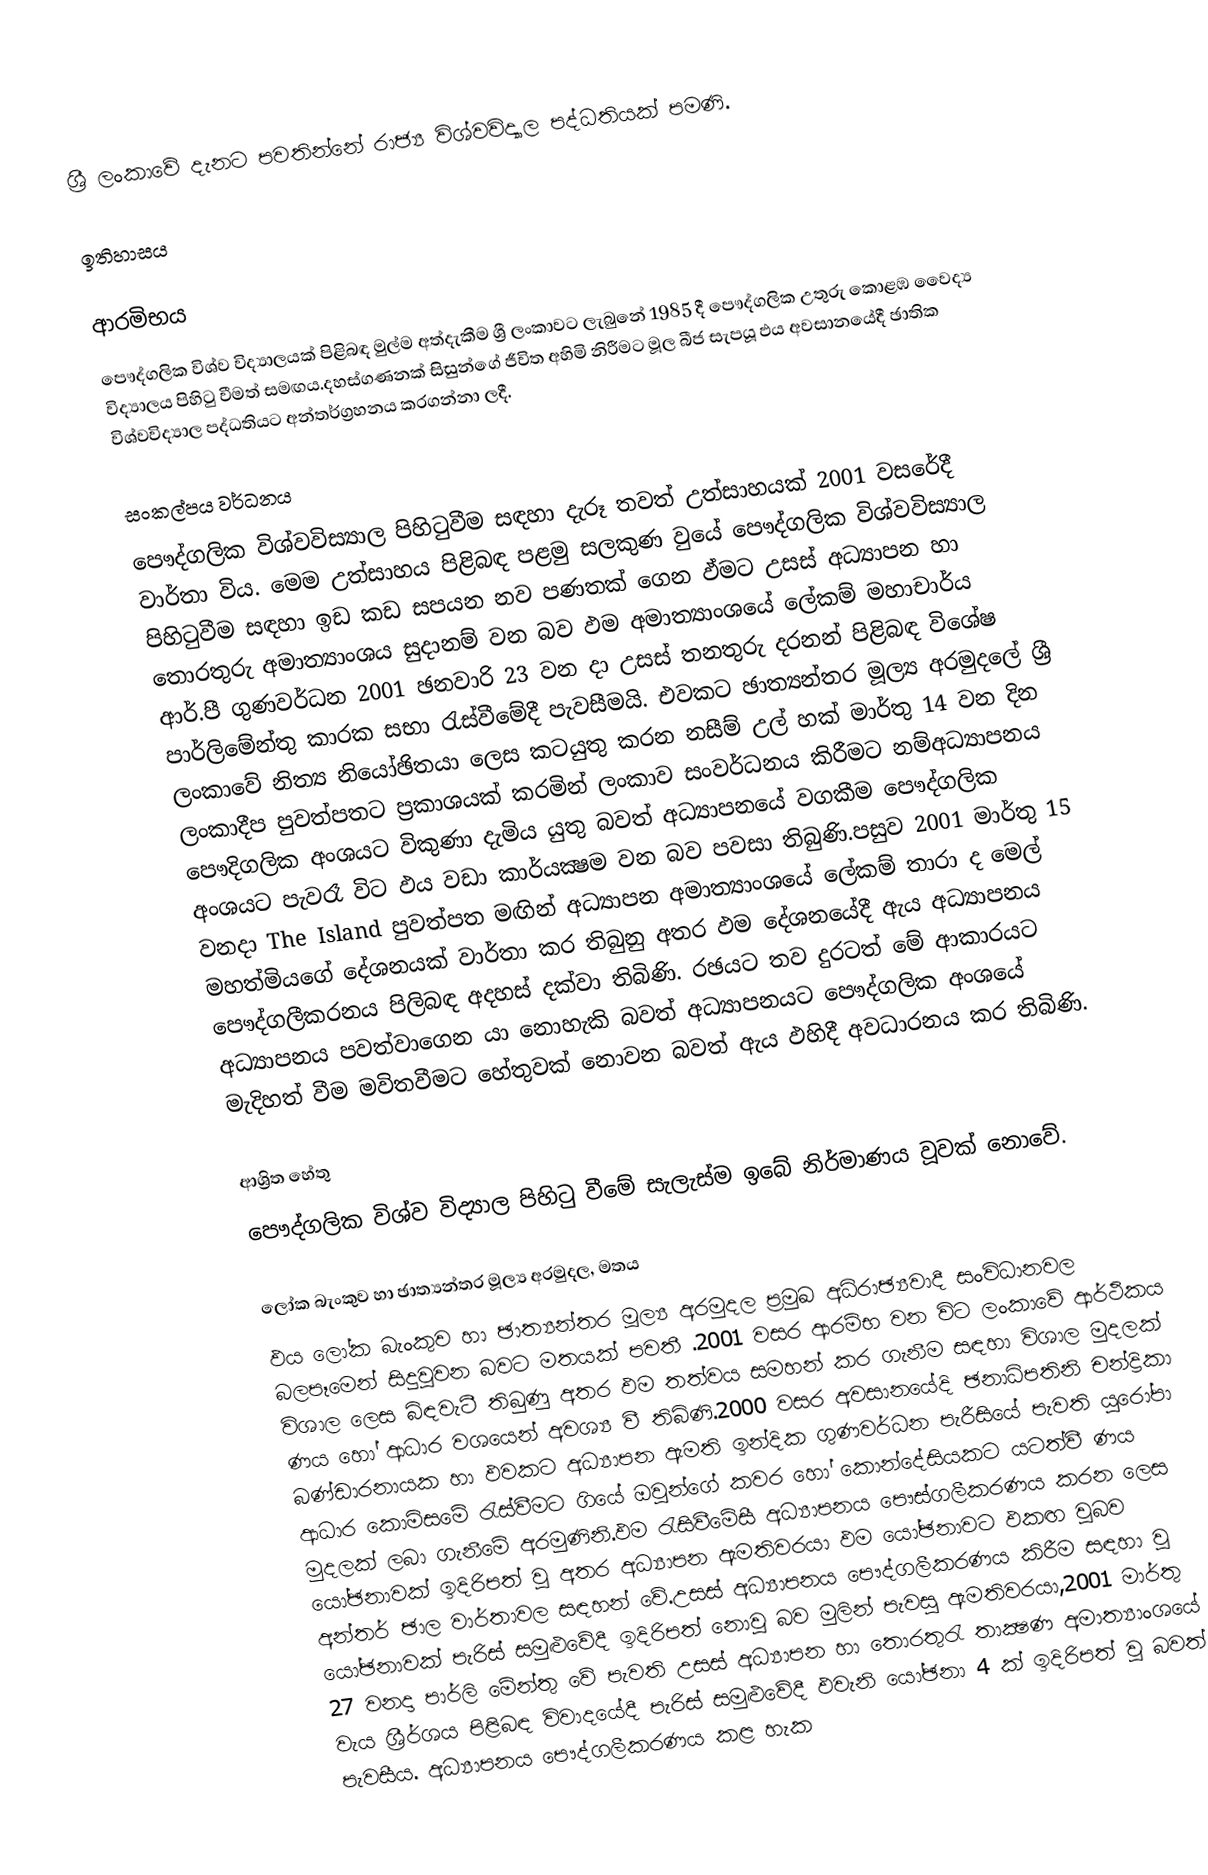
ශ්‍රී ලංකාවේ දැනට පවතින්නේ රාජ්‍ය විශ්වවිද්‍යාල පද්ධතියක් පමණි.

ඉතිහාසය

ආරමිභය
පෞද්ගලික විශ්ව විද්‍යාලයක් පිළිබඳ මුල්ම අත්දැකීම ශ්‍රී ලංකාවට ලැබුනේ 1985 දී පෞද්ගලික උතුරු කොළඹ  වෛද්‍ය විද්‍යාලය පිහිටු වීමත් සමඟය.දහස්ගණනක් සිසුන්ගේ ජීවිත අහිමි නිරීමට මූල බීජ සැපයූ ඵය අවසානයේදී ඡාතික විශ්වවිද්‍යාල පද්ධතියට අන්තර්ග්‍රහනය කරගන්නා ලදී.

සංකල්පය වර්ධනය
පෞද්ගලික විශ්වවිස්‍යාල පිහිටුවීම සඳහා දැරූ තවත් උත්සාහයක් 2001 වසරේදී වාර්තා විය. මෙ‍ම උත්සාහය පිළිබඳ පළමු සලකුණ වුයේ පෞද්ගලික විශ්වවිස්‍යාල පිහිටුවීම සඳහා ඉඩ කඩ සපයන නව පණතක් ගෙන ඵ්මට උසස් අධ්‍යාපන හා තොරතුරු අමාත්‍යාංශය සුදානම් වන බව ඵම අමාත්‍යාංශයේ ලේකම් මහාචාර්ය ආර්.පී ගුණවර්ධන 2001 ඡනවාරි 23 වන දා උසස් තනතුරු දරනන් පිළිබඳ විශේෂ පාර්ලිමේන්තු කාරක සභා රැස්වීමේදී පැවසීමයි. එවකට ඡාත්‍යන්තර මූල්‍ය අරමුදලේ ශ්‍රී ලංකාවේ නිත්‍ය නියෝඡිතයා ලෙස කටයුතු කරන නසීම් උල් හක් මාර්තු 14 වන දින ලංකාදීප පුවත්පතට ප්‍රකාශයක් කරමින් ලංකාව සංවර්ධනය කිරීමට නම්අධ්‍යාපනය පෞදිගලික අංශයට විකුණා දැමිය යුතු බවත් අධ්‍යාපනයේ වගකීම පෞද්ගලික අංශයට පැවරෑ විට ඵය වඩා කාර්යක්‍ෂම වන බව පවසා තිබුණි.පසුව 2001 මාර්තු 15 වනදා The Island පුවත්පත මඟින් අධ්‍යාපන අමාත්‍යාංශයේ ලේකම් තාරා ද මෙල් මහත්මියගේ දේශනයක් වාර්තා කර තිබුනු අතර ඵම දේශනයේදී ඇය අධ්‍යාපනය පෞද්ගලීකරනය පිලිබඳ අදහස් දක්වා තිබිණි. රඡයට තව දුරටත් මේ ආකාරයට අධ්‍යාපනය පවත්වාගෙන යා නොහැකි බවත් අධ්‍යාපනයට පෞද්ගලික අංශයේ මැදිහත් වීම මවිතවීමට හේතුවක් නොවන බවත් ඇය ඵහිදී අවධාරනය කර තිබිණි.

ආශ්‍රිත හේතු
පෞද්ගලික විශ්ව විද්‍යාල පිහිටු වීමේ සැලැස්ම ඉබේ නිර්මාණය වූවක් නොවේ.

ලෝක බැංකුව හා ඡාත්‍යන්තර මූල්‍ය අරමුදල, මතය
ඵය ලෝක බැංකුව හා ඡාත්‍යන්තර මූල්‍ය අරමුදල ප්‍රමුඛ අධිරාඡ්‍යවාදී සංවිධානවල බලපෑමෙන් සිදුවූවන බවට මතයක් පවතී .2001 වසර ආරම්භ වන විට ලංකාවේ ආර්ථිකය විශාල ලෙස බිඳවැටී තිබුණු අතර ඵම තත්වය සමහන් කර ගැනීම සඳහා විශාල මුදලක් ණය හෝ ආධාර වශයෙන් අවශ්‍ය වී තිබිණි.2000 වසර අවසානයේදි ඡනාධිපතිනි චන්ද්‍රිකා බණ්ඩාරනායක හා ඵවකට අධ්‍යාපන ඇමති ඉන්දික ගුණවර්ධන පැරීසියේ පැවති යුරෝපා ආධාර කොමිසමේ රැස්වීමට ගියේ ඔවුන්ගේ කවර හෝ කොන්දේසියක‍ට යටත්වී ණය මුදලක් ලබා ගැනීමේ අරමුණිනි.ඵම රැසිවීමේසී අධ්‍යාපනය පෞස්ගලීකරණය කරන ලෙස යෝඡනාවක් ඉදිරිපත් වූ අතර අධ්‍යාපන ඇමතිවරයා ඵම යෝඡනාවට ඵකඟ වූබව අන්තර් ඡාල වාර්තාවල සඳහන් වේ.උසස් අධ්‍යාපනය පෞද්ගලීකරණය කිරීම සඳහා වූ යෝඡනාවක් පැරිස් සමුළුවේදී ඉදිරිපත් නොවූ බව මුලින් පැවසු ඇමතිවරයා,2001 මාර්තු 27 වනදා පාර්ලි මේන්තු වේ පැවති උසස් අධ්‍යාපන හා තොරතුරැ තාක්‍ෂණ අමාත්‍යාංශයේ වැය ශ්‍රීර්ශය පිළිබඳ විවාදයේදී පැරිස් සමුළුවේදී ඵවැනි යෝඡනා 4 ක් ඉදිරිපත් වූ බවත් පැවසීය. අධ්‍යාපනය පෞද්ගලීකරණය කළ හැක